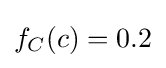
{\textstyle f_{C}(c)=0.2}